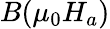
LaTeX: B(\mu_{0}H_{a})